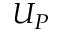
U _ { P }